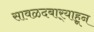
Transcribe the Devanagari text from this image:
सावळदबार्‍याहून